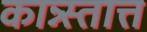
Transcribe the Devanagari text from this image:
कान्न्स्तात्त